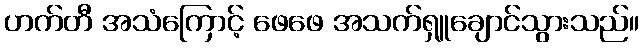
ဟက်တီ အသံကြောင့် ဖေဖေ အသက်ရှူချောင်သွားသည်။